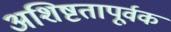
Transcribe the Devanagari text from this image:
अशिष्टतापूर्वक